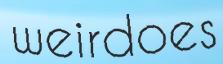
weirdoes